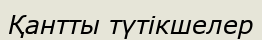
Қантты түтікшелер